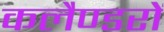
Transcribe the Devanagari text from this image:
कलैण्डरों